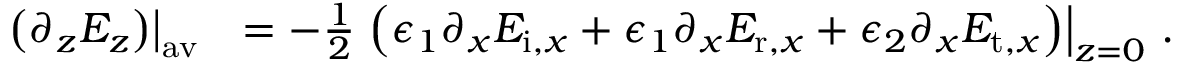
\begin{array} { r l } { \left. \left( \partial _ { z } E _ { z } \right) \right| _ { \mathrm { a v } } } & { = - \frac { 1 } { 2 } \left. \left( \epsilon _ { 1 } \partial _ { x } E _ { \mathrm { i } , x } + \epsilon _ { 1 } \partial _ { x } E _ { \mathrm { r } , x } + \epsilon _ { 2 } \partial _ { x } E _ { \mathrm { t } , x } \right) \right| _ { z = 0 } \, . } \end{array}